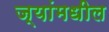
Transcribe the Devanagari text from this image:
ज्यांमधील